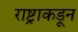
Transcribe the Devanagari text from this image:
राष्ट्राकडून